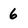
Character: 6